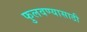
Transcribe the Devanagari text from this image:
फुलवण्यासाठी